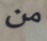
من